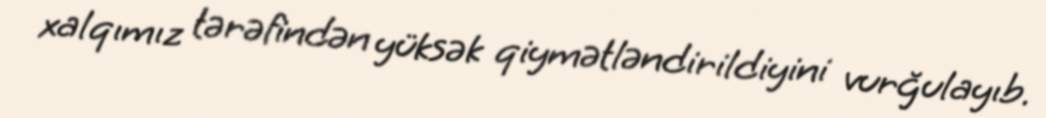
xalqımız tərəfindən yüksək qiymətləndirildiyini vurğulayıb.